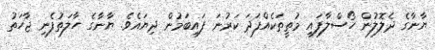
ޔާނާގެ ދެލޮލުން ހޯސްލާފައި މުތީތަކެއްފަދަ ކަރުނަ ފައިބަމުން ދިޔައެވެ. ޔާނާގެ ހާލަތުފެނި ޖާހަތު